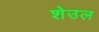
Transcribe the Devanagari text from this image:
शेउल